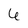
Character: 6